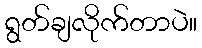
ရွတ်ချလိုက်တာပဲ။